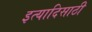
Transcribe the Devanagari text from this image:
इत्यादिसाठी